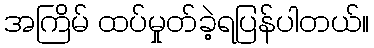
အကြိမ် ထပ်မှုတ်ခဲ့ရပြန်ပါတယ်။